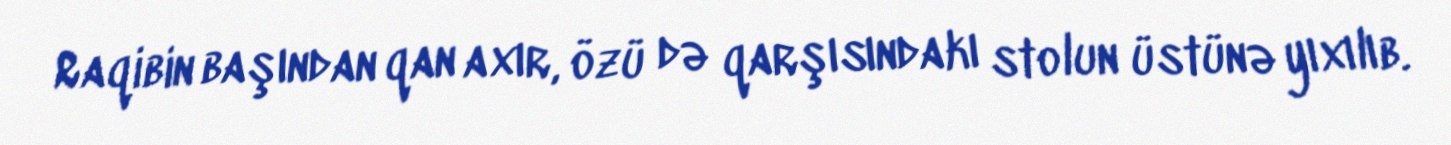
Raqibin başından qan axır, özü də qarşısındakı stolun üstünə yıxılıb.